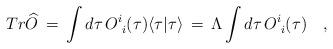
LaTeX: \begin{align*}Tr\widehat{O}\,=\,\int d\tau\,O_{\phantom{i}i}^{i}(\tau)\langle \tau | \tau \rangle\,=\,\Lambda \int d\tau \,O_{\phantom{i}i}^{i}(\tau)\quad ,\end{align*}